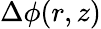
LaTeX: \Delta\phi(r,z)